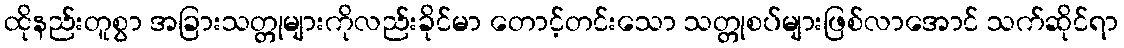
ထိုနည်းတူစွာ အခြားသတ္တုများကိုလည်းခိုင်မာ တောင့်တင်းသော သတ္တုစပ်များဖြစ်လာအောင် သက်ဆိုင်ရာ